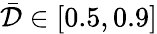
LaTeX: \bar{\mathcal{D}}\in[0.5,0.9]